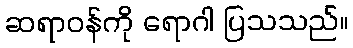
ဆရာဝန်ကို ရောဂါ ပြသသည်။